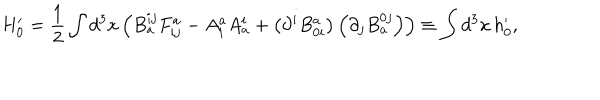
H _ { 0 } ^ { \prime } = \frac { 1 } { 2 } \int d ^ { 3 } x \left( B _ { a } ^ { i j } F _ { i j } ^ { a } - A _ { i } ^ { a } A _ { a } ^ { i } + \left( \partial ^ { i } B _ { 0 i } ^ { a } \right) \left( \partial _ { j } B _ { a } ^ { 0 j } \right) \right) \equiv \int d ^ { 3 } x \, h _ { 0 } ^ { \prime } ,